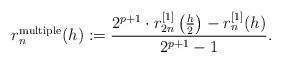
LaTeX: \begin{align*}r_n^{\mathrm{multiple}}(h):=\frac{2^{p+1} \cdot r_{2n}^{[1]}\left(\frac{h}{2}\right)- r_n^{[1]}(h)}{2^{p+1}-1}.\end{align*}